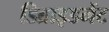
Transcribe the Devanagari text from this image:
डिब्राइडमेंट